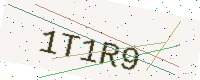
Text: 1T1R9